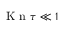
\ensuremath { \mathrm { ~ K ~ n ~ } } \tau \ll 1